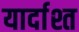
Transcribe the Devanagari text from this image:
यार्दाश्त